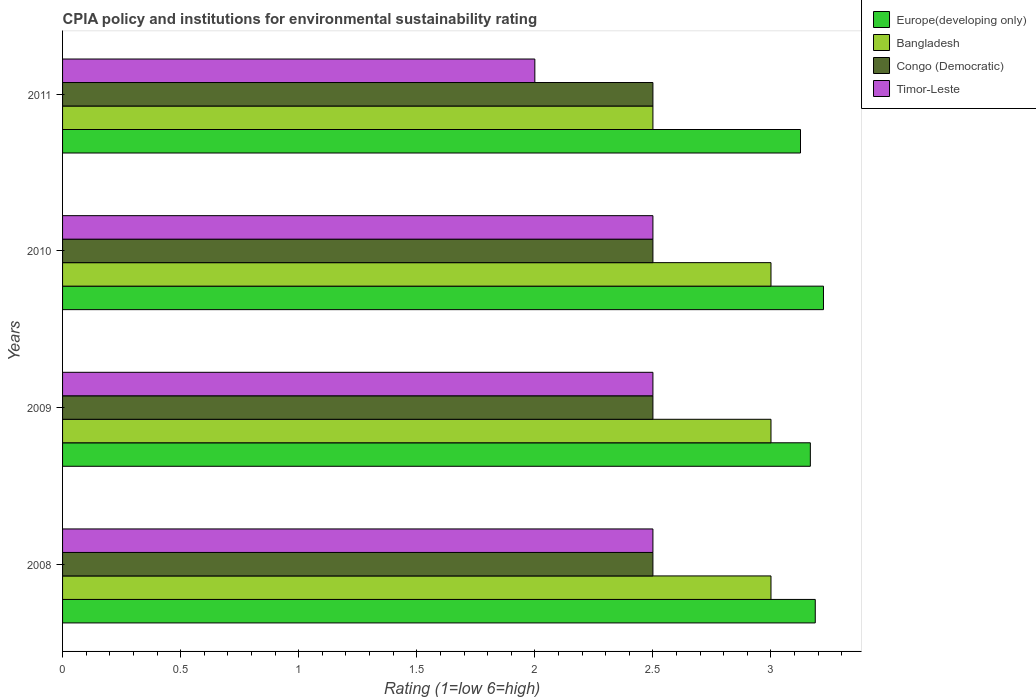
| Years | Europe(developing only) | Bangladesh | Congo (Democratic) | Timor-Leste |
 | --- | --- | --- | --- | --- |
 | 2008 | 3.19 | 3 | 2.5 | 2.5 |
 | 2009 | 3.17 | 3 | 2.5 | 2.5 |
 | 2010 | 3.22 | 3 | 2.5 | 2.5 |
 | 2011 | 3.12 | 2.5 | 2.5 | 2 |